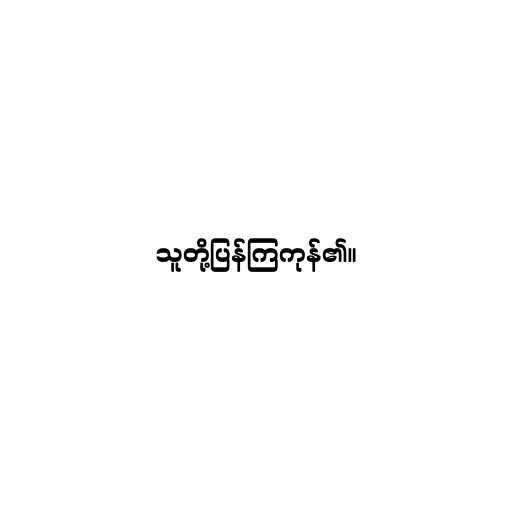
သူတို့ပြန်ကြကုန်၏။